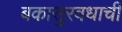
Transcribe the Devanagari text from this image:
बकासुरवधाची